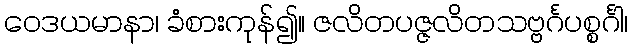
ဝေဒယမာနာ၊ ခံစားကုန်၍။ ဇလိတပဇ္ဇလိတသဗ္ဗင်္ဂပစ္စင်္ဂါ၊